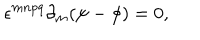
\epsilon ^ { m n p q } \partial _ { m } ( \psi - \phi ) = 0 ,